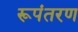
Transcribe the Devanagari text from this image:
रूपंतरण